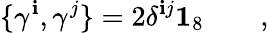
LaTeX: \{ \gamma^{\mathbf{i}},\gamma^{j}\} =2\delta^{\mathbf{i}j}\mathbf{{1}}_{8}\qquad,